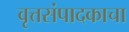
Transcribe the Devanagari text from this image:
वृत्तसंपादकाचा